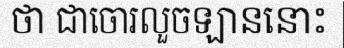
ថា ជាចោរលួចឡាននោះ